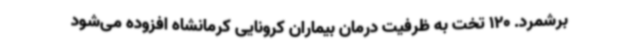
برشمرد. 120 تخت به ظرفیت درمان بیماران کرونایی کرمانشاه افزوده می‌شود